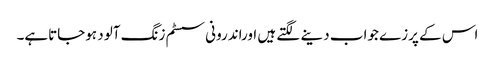
اس کے پرزے جواب دینے لگتے ہیں اوراندرونی سسٹم زنگ آلود ہوجاتاہے۔